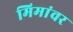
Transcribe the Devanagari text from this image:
मिमांवर